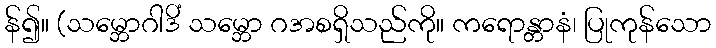
န်၍။ (သမ္ဘောဂါဒိံ သမ္ဘော ဂအစရှိသည်ကို။ ကရောန္တာနံ၊ ပြုကုန်သော